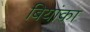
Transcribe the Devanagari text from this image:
बियांका